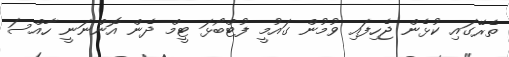
ތެރޭގައި ކުޅެން ޖެހިފައި ވުމުން ގައުމީ ފުޓްބޯޅަ ޓީމް ދެން އޮންނަނީ ހާއްސަ